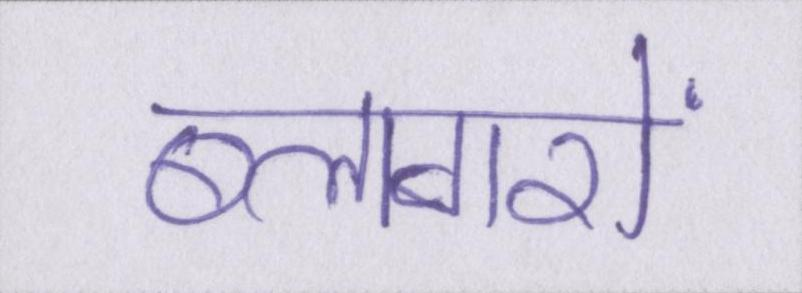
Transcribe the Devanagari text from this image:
ब्लागरों